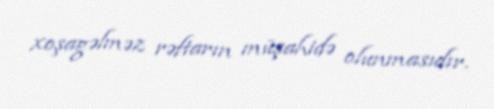
xoşagəlməz rəftarın müşahidə olunmasıdır.